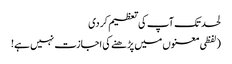
لحد تک آپ کی تعظیم کر دی
(لفظی معنوں میں پڑھنے کی اجازت نہیں ہے!